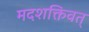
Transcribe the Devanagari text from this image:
मदशक्तिवत्